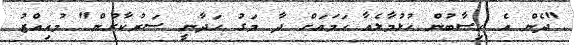
"ދެން އެ ހިސާބުން ހުޅުމާލެއާ ހަމައަށް ދާ މަގު ހަދާނީ ސަރުކާރުން" މުއިއްޒު